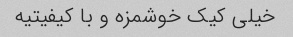
خیلی کیک خوشمزه و با کیفیتیه